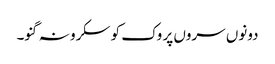
دونوں سروں پر وک کو سکرو نہ گنو۔